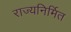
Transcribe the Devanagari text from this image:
राज्यनिर्मित